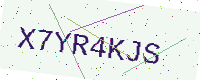
Text: X7YR4KJS